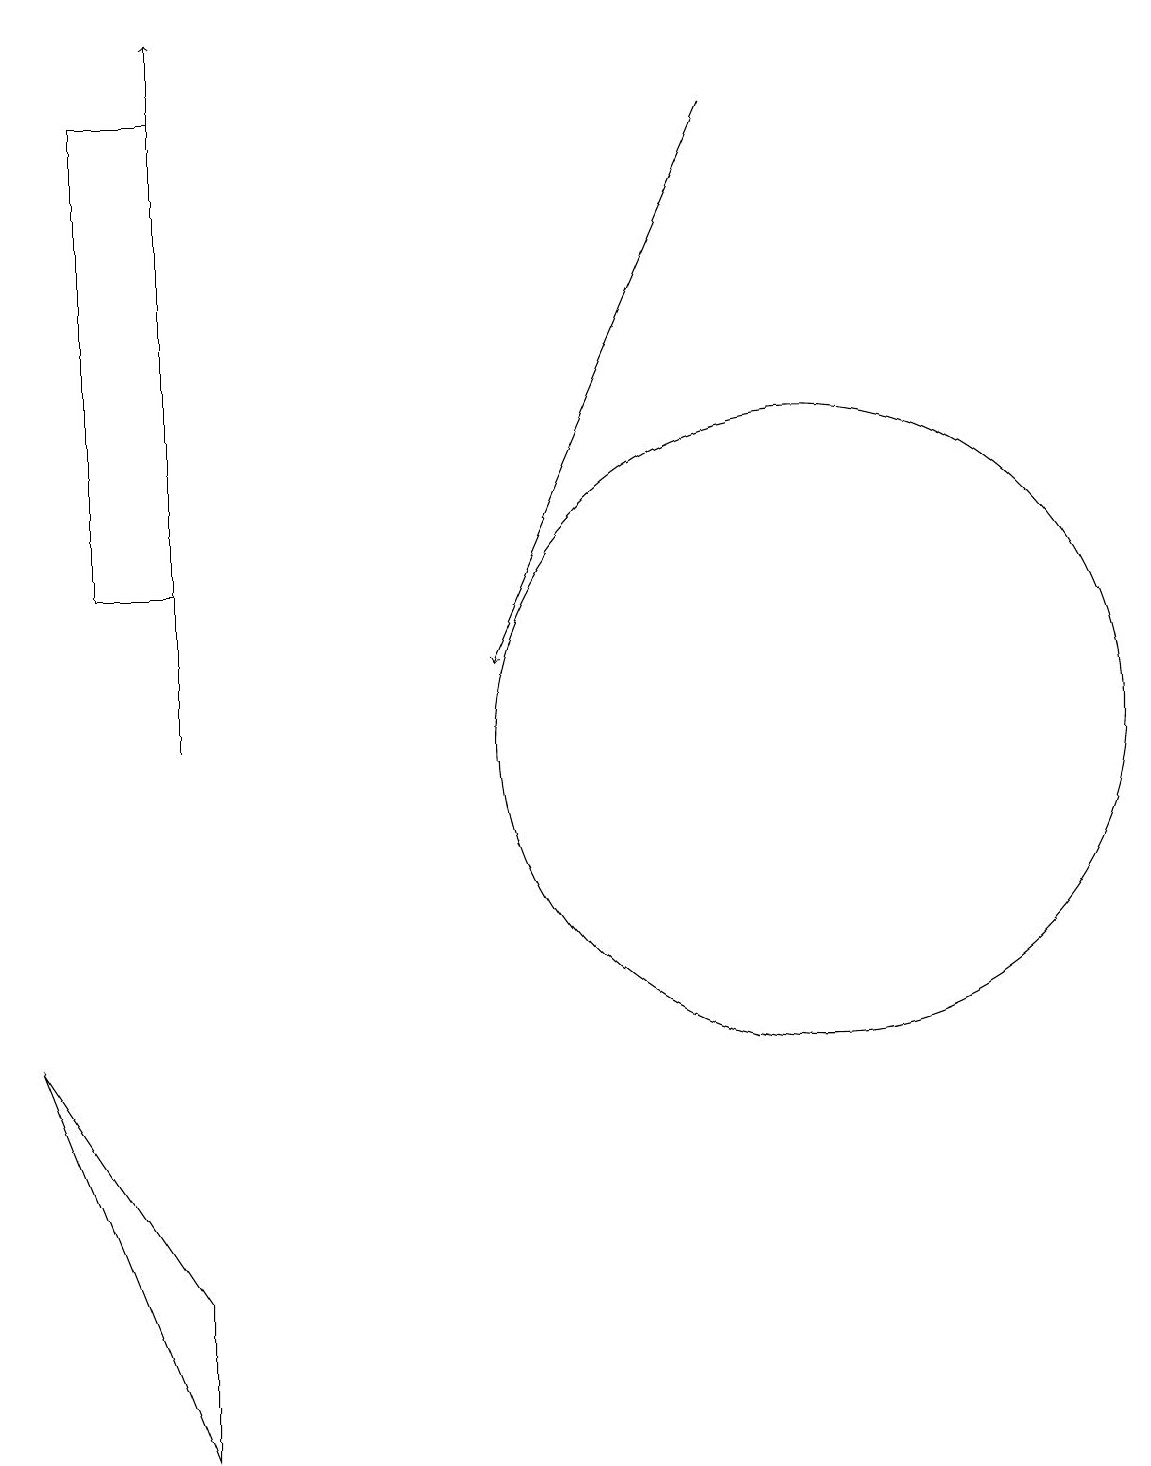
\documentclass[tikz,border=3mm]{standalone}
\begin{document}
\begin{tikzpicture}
\draw (10,10) circle (4);
\draw[->] (2,10) -- (2,19);
\draw[->] (9,18) -- (6,11);
\draw (0,6) -- (2,1) -- (2,3) -- cycle;
\draw (1,18) rectangle (2,12);
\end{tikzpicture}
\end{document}